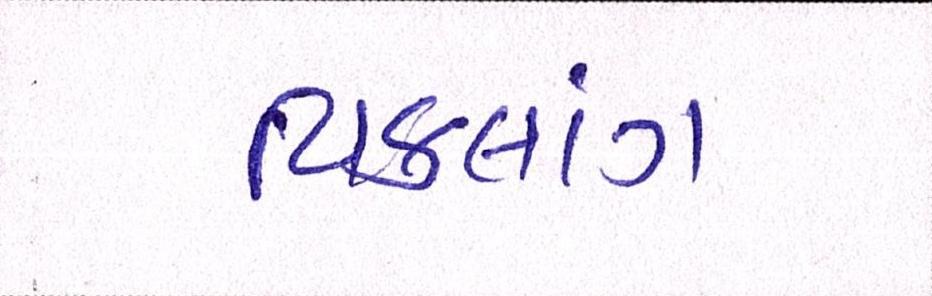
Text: વિકલાંગ